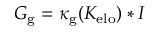
G _ { \mathrm { g } } = \kappa _ { \mathrm { g } } ( K _ { \mathrm { e l o } } ) * I